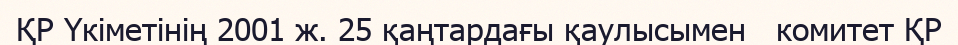
ҚР Үкіметінің 2001 ж. 25 қаңтардағы қаулысымен   комитет ҚР